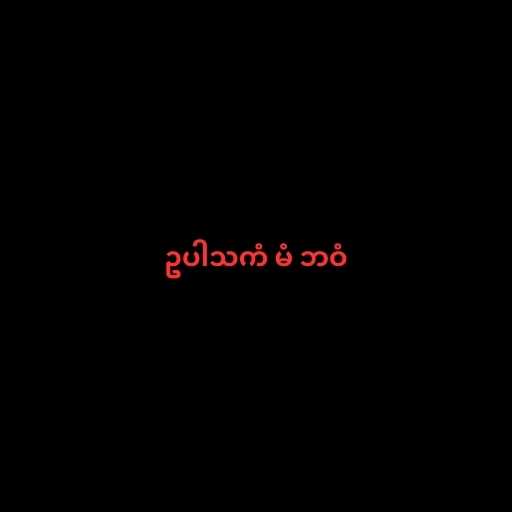
ဥပါသကံ မံ ဘဝံ